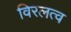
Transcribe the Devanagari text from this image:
विरलत्व